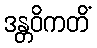
ဒန္တဝိကတိံ